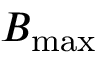
B _ { \mathrm { m a x } }